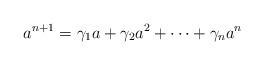
LaTeX: \begin{align*} a^{n+1}=\gamma_1 a+ \gamma_2 a^2 +\dots+ \gamma_{n}a^{n}\end{align*}